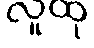
လူထု